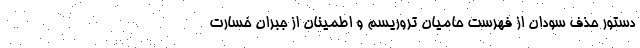
دستور حذف سودان از فهرست حامیان تروریسم و اطمینان از جبران خسارت